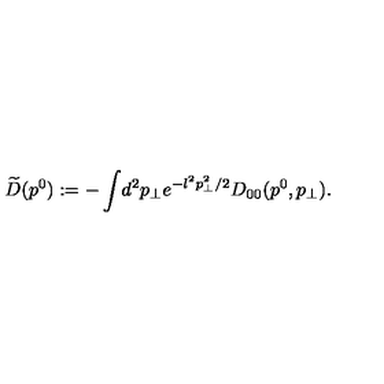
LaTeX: \widetilde { D } ( p ^ { 0 } ) : = - \int \! d ^ { 2 } p _ { \perp } e ^ { - l ^ { 2 } p _ { \perp } ^ { 2 } / 2 } D _ { 0 0 } ( p ^ { 0 } , p _ { \perp } ) .